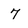
Character: 7